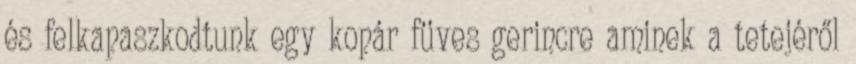
és felkapaszkodtunk egy kopár füves gerincre aminek a tetejéről